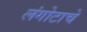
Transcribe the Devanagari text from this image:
लंगोटाचे